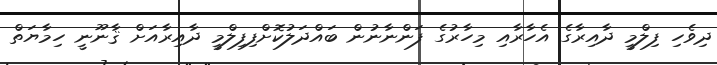
ދިވެހި ފިލްމީ ދާއިރާގެ އެހާރާއި މިހާރުގެ ފަންނާނުން ބައްދަލުކޮށްފިފިލްމީ ދާއިރާއަށް ޤާނޫނީ ހިމާޔަތް